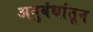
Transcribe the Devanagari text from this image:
अनुबंधांतून